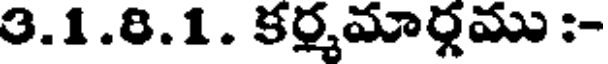
3.1.8.1. కర్మమార్గము :-